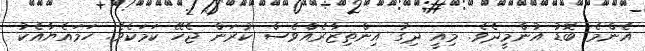
އެންމެ ބޮޑު އުންމީދެވެ. މިއީ ދިގު އިންތިޒާރެއްވެސް ކުރަން ޖެހޭ ކަމަކެވެ. ހަމައެޔާއެކު